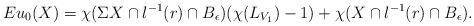
LaTeX: \begin{align*}Eu_0(X) = \chi(\Sigma X \cap l^{-1}(r)\cap B_{\epsilon})(\chi(L_{V_1})-1)+\chi(X\cap l^{-1}(r)\cap B_{\epsilon}).\end{align*}